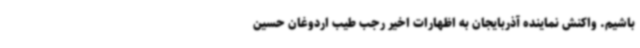
باشیم. واکنش نماینده آذربایجان به اظهارات اخیر رجب طیب اردوغان حسین